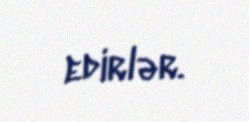
edirlər.